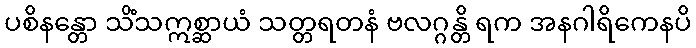
ပစိနန္တော သိံသဣစ္ဆာယံ သတ္တရတနံ ဗလဂ္ဂန္တိ ရက အနဂါရိကေနပိ